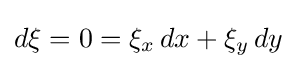
d\xi =0=\xi _{x}\,dx+\xi _{y}\,dy